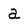
Character: a